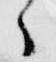
々